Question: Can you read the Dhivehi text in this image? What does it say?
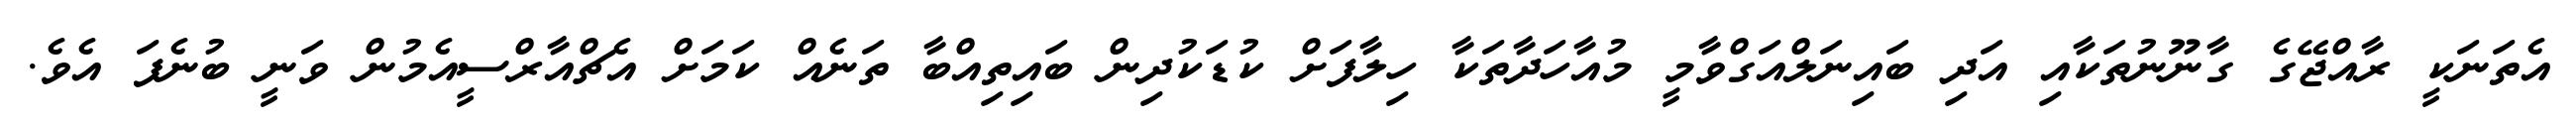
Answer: އެތަނަކީ ރާއްޖޭގެ ގާނޫނުތަކާއި އަދި ބައިނަލްއަގްވާމީ މުއާހަދާތަކާ ހިލާފަށް ކުޑަކުދިން ބައިތިއްބާ ތަނެއް ކަމަށް އެޗްއާރްސީއެމުން ވަނީ ބުނެފަ އެވެ.